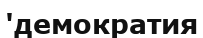
'демократия